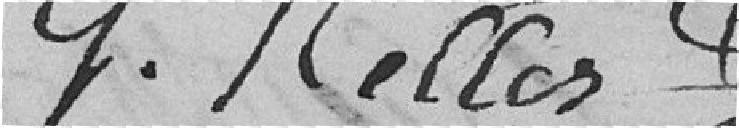
G.Keller